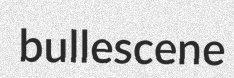
bullescene